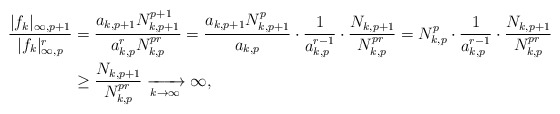
\begin{align*}\frac{|f_k|_{\infty,p+1}}{|f_k|_{\infty,p}^r}&=\frac{a_{k,p+1}N_{k,p+1}^{p+1}}{a_{k,p}^rN_{k,p}^{pr}}=\frac{a_{k,p+1}N_{k,p+1}^{p}}{a_{k,p}}\cdot\frac{1}{a_{k,p}^{r-1}}\cdot\frac{N_{k,p+1}}{N_{k,p}^{pr}}=N_{k,p}^p\cdot\frac{1}{a_{k,p}^{r-1}}\cdot\frac{N_{k,p+1}}{N_{k,p}^{pr}}\\&\geq\frac{N_{k,p+1}}{N_{k,p}^{pr}}\xrightarrow[k\to\infty]{}\infty,\end{align*}